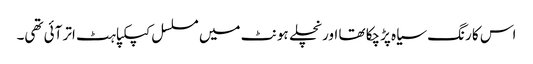
اس کا رنگ سیاہ پڑچکا تھا اور نچلے ہونٹ میں مسلسل کپکپاہٹ اتر آئی تھی۔